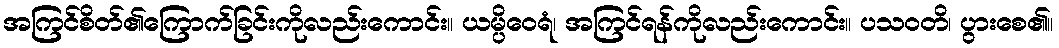
အကြင်စိတ်၏ကြောက်ခြင်းကိုလည်းကောင်း။ ယမ္ပိဝေရံ၊ အကြင်ရန်ကိုလည်းကောင်း။ ပသဝတိ၊ ပွားစေ၏။